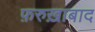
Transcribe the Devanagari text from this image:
फ़रुख़ाबाद